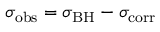
\sigma _ { \mathrm { o b s } } = \sigma _ { \mathrm { B H } } - \sigma _ { \mathrm { c o r r } }